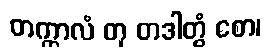
တက္ကာလံ တု တဒါတွံ စော၊